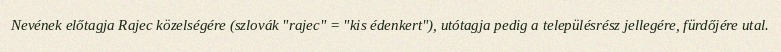
Nevének előtagja Rajec közelségére (szlovák "rajec" = "kis édenkert"), utótagja pedig a településrész jellegére, fürdőjére utal.